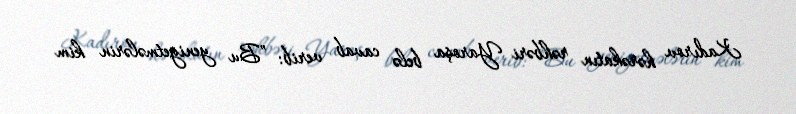
Kadırov hərəkatın rəhbəri Yaroşa belə cavab verib: ”Bu yeniyetmələrin kim